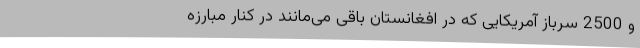
و 2500 سرباز آمریکایی که در افغانستان باقی می‌مانند در کنار مبارزه